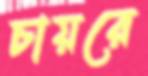
চায়রে